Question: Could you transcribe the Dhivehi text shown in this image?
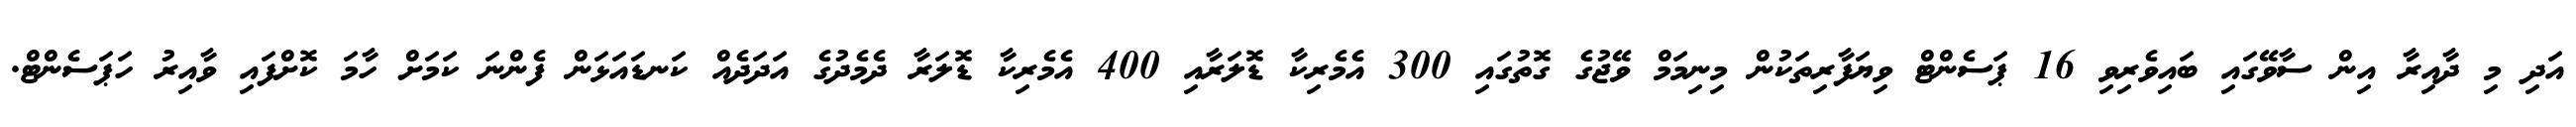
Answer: އަދި މި ދާއިރާ އިން ސާވޭގައި ބައިވެރިވި 16 ޕަސެންޓް ވިޔަފާރިތަކުން މިނިމަމް ވޭޖުގެ ގޮތުގައި 300 އެމެރިކާ ޑޮލަރާއި 400 އެމެރިކާ ޑޮލަރާ ދެމެދުގެ އަދަދެއް ކަނޑައަޅަން ފެންނަ ކަމަށް ހާމަ ކޮށްފައި ވާއިރު ހަޕަސެންޓް.